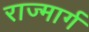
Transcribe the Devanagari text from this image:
राज्मार्ग